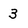
Character: 3